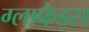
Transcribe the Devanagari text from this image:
ग्लाफेड्स